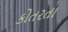
કોતરતા